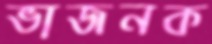
ভাজনক